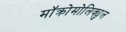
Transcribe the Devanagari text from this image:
मॉक्रोमोलिक्युल